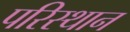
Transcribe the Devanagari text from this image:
परिस्थान